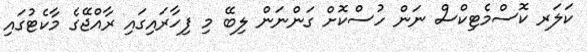
ކަލަރ ކޮސްމެޓިކްސް ނަން ހުސްކޮށް ގަންނަން ލިބޭ މި ފިހާރައިގައި ރާއްޖޭގެ މާކެޓުގައި